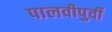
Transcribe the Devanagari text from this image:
पालवीपुर्वी